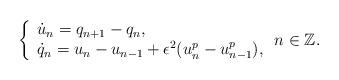
LaTeX: \begin{align*}\left\{ \begin{array}{l} \dot{u}_n = q_{n+1} - q_n, \\\dot{q}_n = u_n - u_{n-1} + \epsilon^2 (u_n^p - u_{n-1}^p), \end{array} \right. n \in \mathbb{Z}.\end{align*}